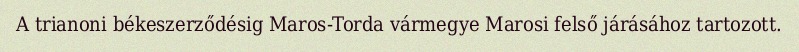
A trianoni békeszerződésig Maros-Torda vármegye Marosi felső járásához tartozott.